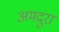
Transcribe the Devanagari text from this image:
अमदुरा